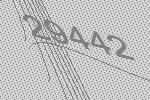
29442